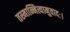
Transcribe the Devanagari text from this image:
तस्मान्नित्यानुवादः।